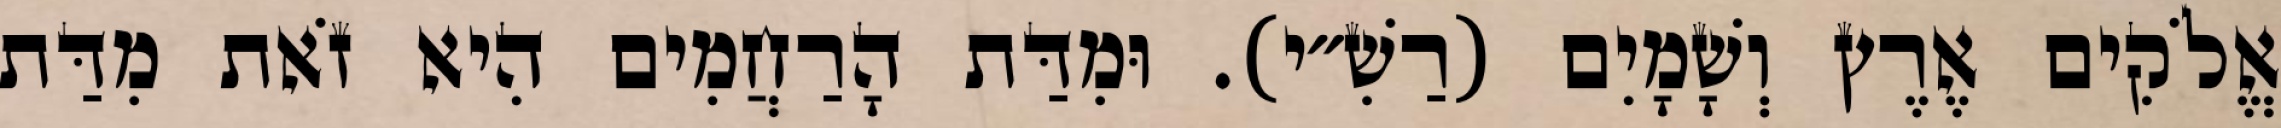
אֱלֹקִים אֶרֶץ וְשָׁמָיִם (רַשִׁ״י). וּמִדַּת הָרַחֲמִים הִיא זֹאת מִדַּת